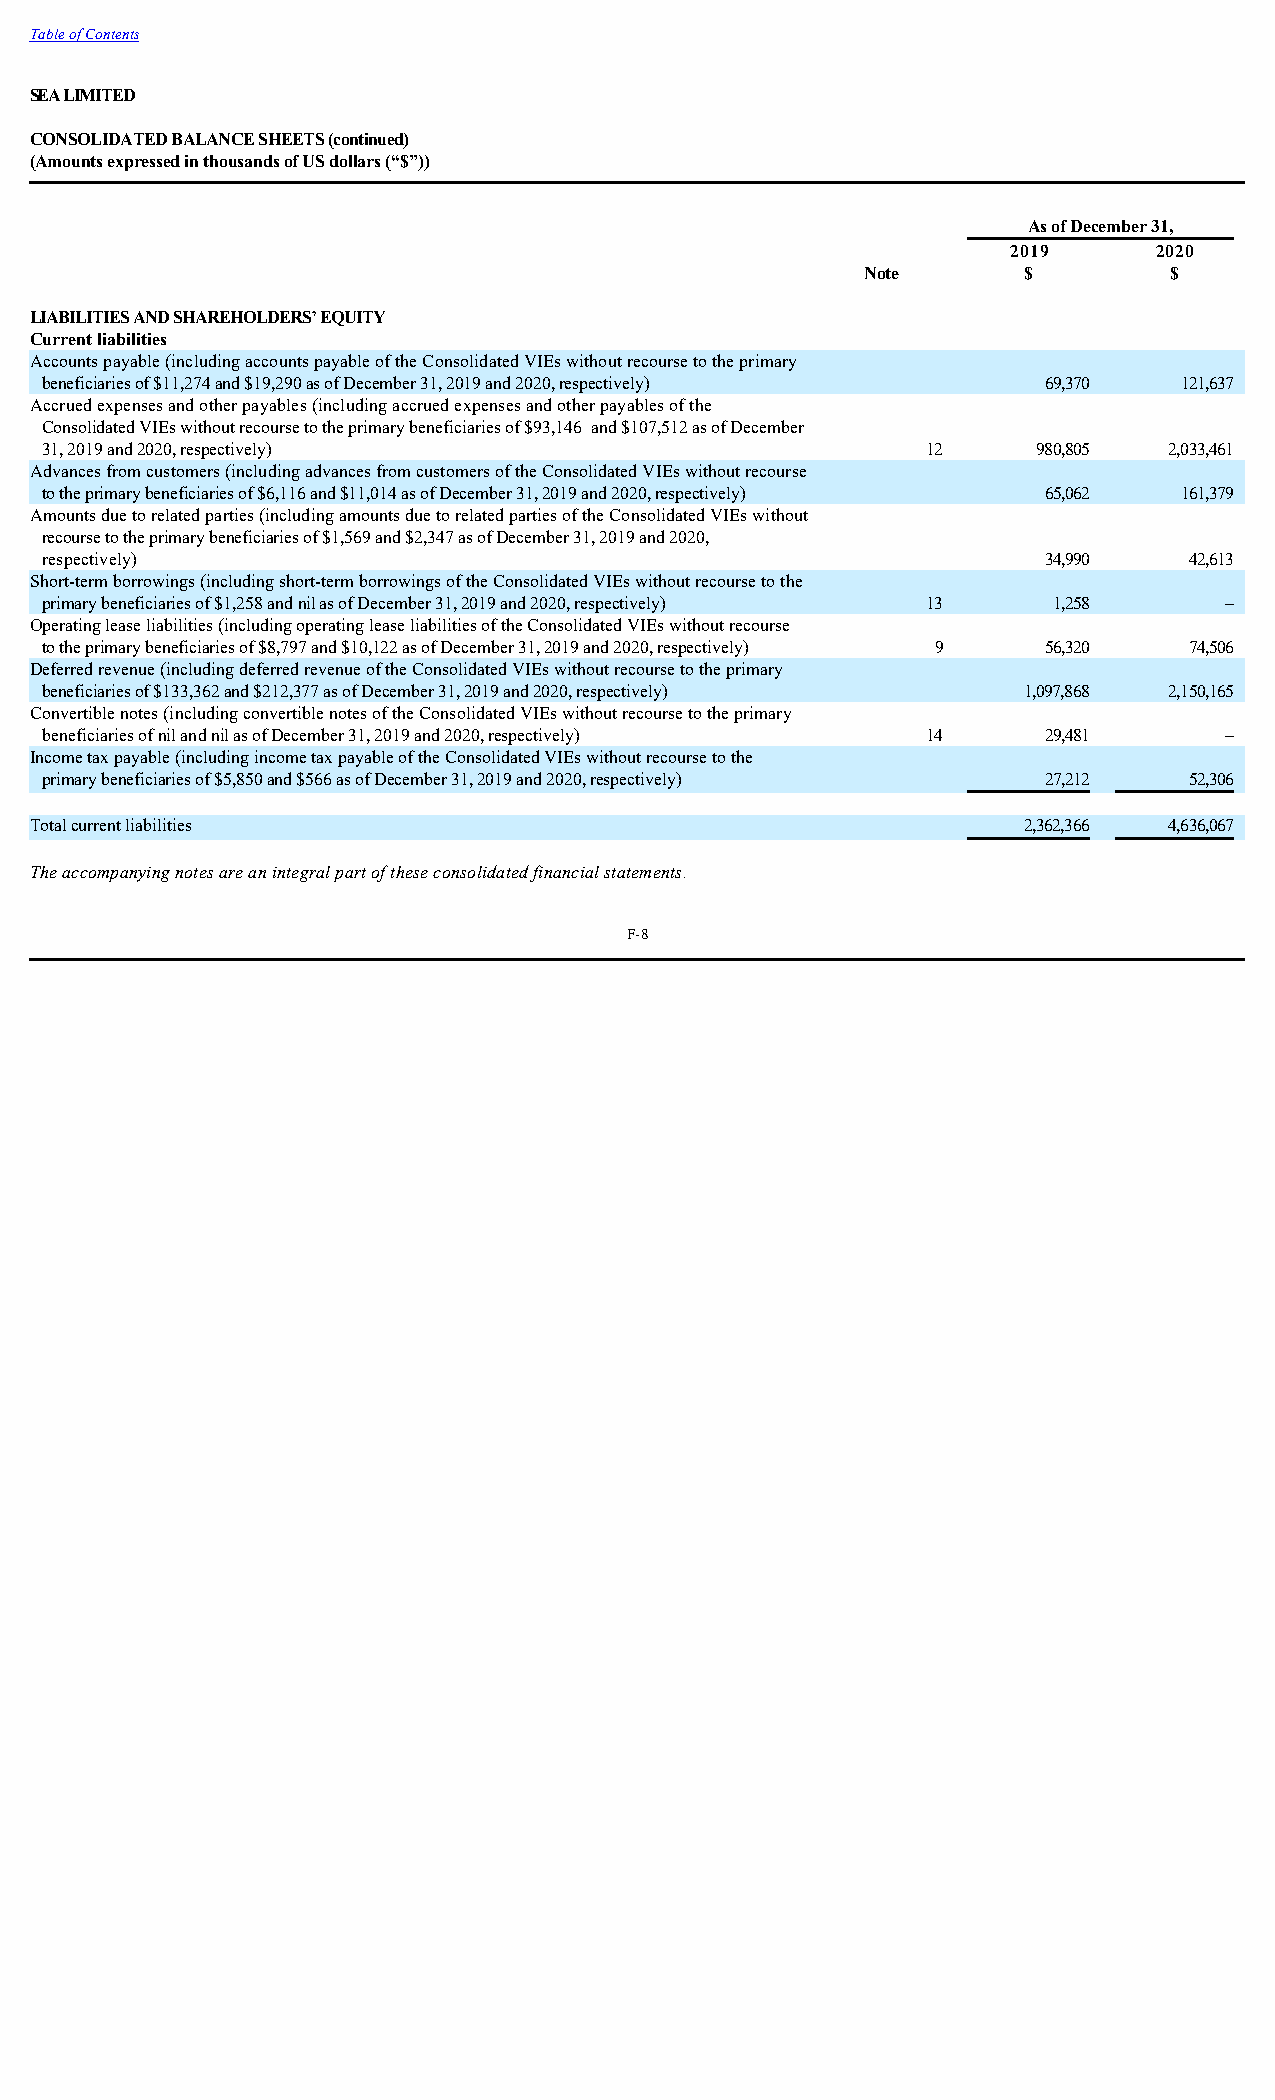
Table of Contents
 SEA LIMITED
 CONSOLIDATED BALANCE SHEETS (continued)
 (Amounts expressed in thousands of US dollars (“$”))
 As of December 31,
 2019      2020
 Note       $        $
 LIABILITIES AND SHAREHOLDERS’ EQUITY
 Current liabilities
 Accounts payable (including accounts payable of the Consolidated VIEs without recourse to the primary
 beneficiaries of $11,274 and $19,290 as of December 31, 2019 and 2020, respectively) 69,370 121,637
 Accrued expenses and other payables (including accrued expenses and other payables of the
 Consolidated VIEs without recourse to the primary beneficiaries of $93,146 and $107,512 as of December
 31, 2019 and 2020, respectively)                          12      980,805 2,033,461
 Advances from customers (including advances from customers of the Consolidated VIEs without recourse
 to the primary beneficiaries of $6,116 and $11,014 as of December 31, 2019 and 2020, respectively) 65,062 161,379
 Amounts due to related parties (including amounts due to related parties of the Consolidated VIEs without
 recourse to the primary beneficiaries of $1,569 and $2,347 as of December 31, 2019 and 2020,
 respectively)                                                     34,990    42,613
 Short-term borrowings (including short-term borrowings of the Consolidated VIEs without recourse to the
 primary beneficiaries of $1,258 and nil as of December 31, 2019 and 2020, respectively) 13 1,258 –
 Operating lease liabilities (including operating lease liabilities of the Consolidated VIEs without recourse
 to the primary beneficiaries of $8,797 and $10,122 as of December 31, 2019 and 2020, respectively) 9 56,320 74,506
 Deferred revenue (including deferred revenue of the Consolidated VIEs without recourse to the primary
 beneficiaries of $133,362 and $212,377 as of December 31, 2019 and 2020, respectively) 1,097,868 2,150,165
 Convertible notes (including convertible notes of the Consolidated VIEs without recourse to the primary
 beneficiaries of nil and nil as of December 31, 2019 and 2020, respectively) 14 29,481 –
 Income tax payable (including income tax payable of the Consolidated VIEs without recourse to the
 primary beneficiaries of $5,850 and $566 as of December 31, 2019 and 2020, respectively) 27,212 52,306
 Total current liabilities                                         2,362,366 4,636,067
 The accompanying notes are an integral part of these consolidated financial statements.
 F-8